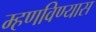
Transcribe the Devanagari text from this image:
म्हणविण्यास